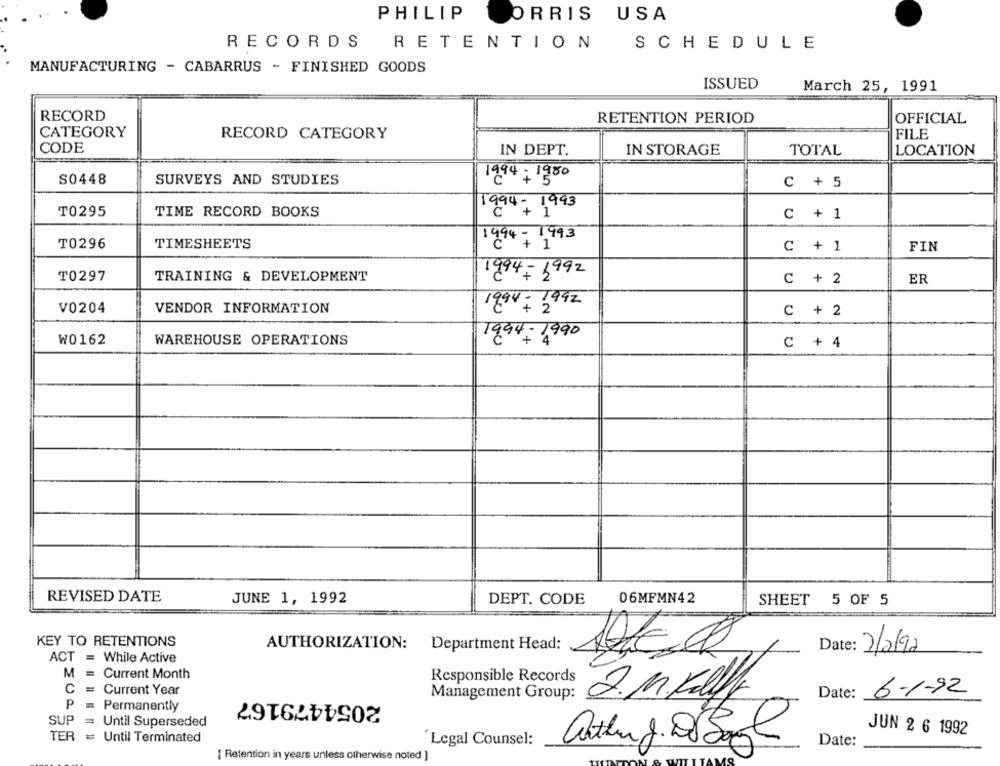
PHILIP
ORRIS USA
RECORDS
RETENTION
SCHEDULE
MANUFACTURING - CABARRUS - FINISHED GOODS
ISSUED
March 25, 1991
RECORD
RETENTION PERIOD
OFFICIAL
CATEGORY
RECORD CATEGORY
FILE
CODE
IN DEPT.
IN STORAGE
TOTAL
LOCATION
S0448
SURVEYS AND STUDIES
1994; 1900
C + 5
1994-1993
T0295
TIME RECORD BOOKS
C + 1
T0296
TIMESHEETS
1994-1993
C + 1
FIN
T0297
TRAINING & DEVELOPMENT
1994- 1992
C + 2
ER
1994 = 2992
V0204
VENDOR INFORMATION
C + 2
₩0162
WAREHOUSE OPERATIONS
1994- 1990
C + 4
REVISED DATE
JUNE 1, 1992
DEPT. CODE
06MFMN42
SHEET
5 OF 5
KEY TO RETENTIONS
AUTHORIZATION:
Department Head:
Date:
2/2/92
ACT = While Active
M = Current Month
Responsible Records
C = Current Year
2054479167
Management Group:
2. M.Kly
Date:
6-1-92
Permanently
SUP = Until Superseded
TER
JUN 2 6 1992
Until Terminated
Legal Counsel:
Date:
[ Retention in years unless otherwise noted ]